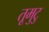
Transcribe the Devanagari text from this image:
तूमुटु